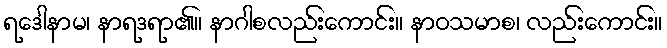
ရဒေါနာမ၊ နာရဒရာ၏။ နာဂါစလည်းကောင်း။ နာဝသမာစ၊ လည်းကောင်း။